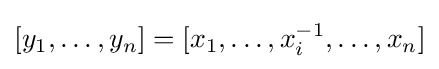
{\textstyle [y_{1},\ldots ,y_{n}]=[x_{1},\ldots ,x_{i}^{-1},\ldots ,x_{n}]}